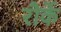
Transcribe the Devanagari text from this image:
रौर्के